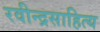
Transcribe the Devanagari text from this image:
रवीन्द्रसाहित्य